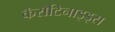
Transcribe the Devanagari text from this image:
कॅरोटिनाइड्स